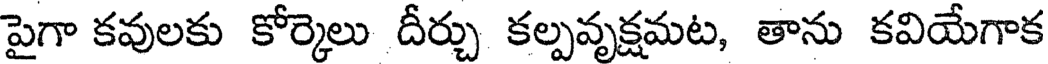
పైగా కవులకు కోర్కెలు దీర్చు కల్పవృక్షమట, తాను కవియేగాక